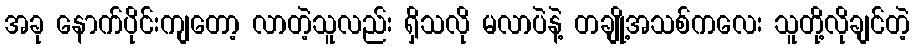
အခု နောက်ပိုင်းကျတော့ လာတဲ့သူလည်း ရှိသလို မလာပဲနဲ့ တချို့အသစ်ကလေး သူတို့လိုချင်တဲ့